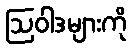
ဩဝါဒများကို